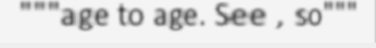
"""age to age. See , so"""